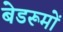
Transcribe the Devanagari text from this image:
बेडरूमों